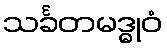
သင်္ခတမဒ္ဓုဝံ